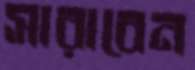
সারাবেন